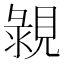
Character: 䚄